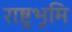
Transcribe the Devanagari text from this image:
राष्ट्रभूमि